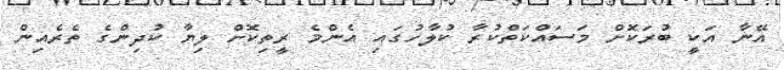
އޭނާ އަކީ ބުރަކޮށް މަސައްކަތްކުރާ ކުލާހުގައި އެންމެ ރީތިކޮށް ލިޔާ ކުދިންގެ ތެރެއިން